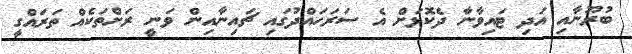
ބުރޫނާއި އަދި ޓައިވާނާ ދެކޮޅަށް އެ ސަރަހައްދުގައި ޗައިނާއިން ވަނީ ރަށްތަކެއް ތަރައްގީ